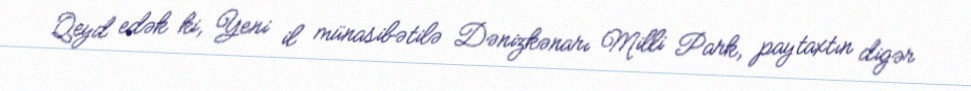
Qeyd edək ki, Yeni il münasibətilə Dənizkənarı Milli Park, paytaxtın digər